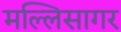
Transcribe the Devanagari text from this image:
मल्लिसागर